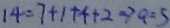
1 4 = 7 + 1 + 4 + 2 \Rightarrow a = 5